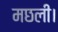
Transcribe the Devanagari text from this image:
मछली।